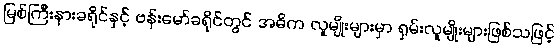
မြစ်ကြီးနားခရိုင်နှင့် ဗန်းမော်ခရိုင်တွင် အဓိက လူမျိုးများမှာ ရှမ်းလူမျိုးများဖြစ်သဖြင့်